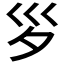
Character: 𡿪